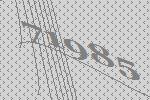
71985